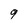
Character: 9